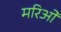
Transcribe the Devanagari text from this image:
मरिओ